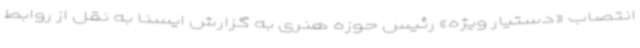
انتصاب «دستیار ویژه» رئیس حوزه هنری به گزارش ایسنا به نقل از روابط